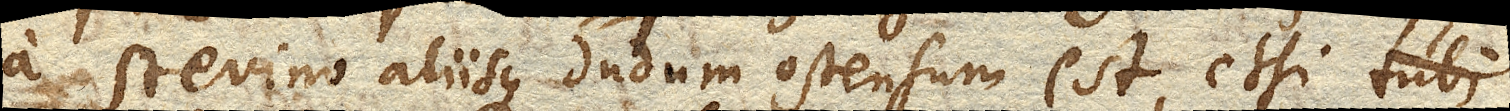
a Stevino aliisque dudum ostensum est, etsi